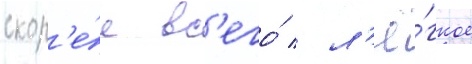
скор'е́е вс'его́ / л'ё́гкое